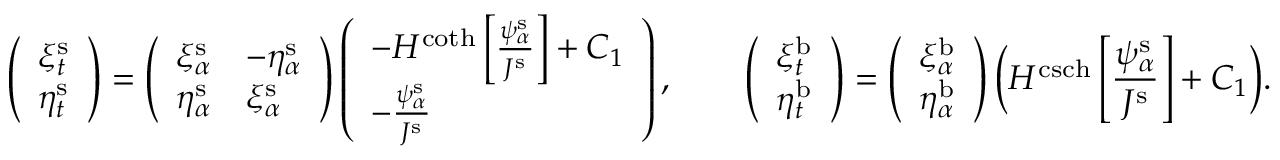
\left( \begin{array} { l } { \xi _ { t } ^ { \mathrm { s } } } \\ { \eta _ { t } ^ { \mathrm { s } } } \end{array} \right) = \left( \begin{array} { l l } { \xi _ { \alpha } ^ { \mathrm { s } } } & { - \eta _ { \alpha } ^ { \mathrm { s } } } \\ { \eta _ { \alpha } ^ { \mathrm { s } } } & { \xi _ { \alpha } ^ { \mathrm { s } } } \end{array} \right) \left( \begin{array} { l } { - H ^ { \coth } \left[ \frac { \psi _ { \alpha } ^ { \mathrm { s } } } { J ^ { \mathrm { s } } } \right] + C _ { 1 } } \\ { - \frac { \psi _ { \alpha } ^ { \mathrm { s } } } { J ^ { \mathrm { s } } } } \end{array} \right) , \qquad \left( \begin{array} { l } { \xi _ { t } ^ { \mathrm { b } } } \\ { \eta _ { t } ^ { \mathrm { b } } } \end{array} \right) = \left( \begin{array} { l } { \xi _ { \alpha } ^ { \mathrm { b } } } \\ { \eta _ { \alpha } ^ { \mathrm { b } } } \end{array} \right) \bigg ( H ^ { \operatorname { c s c h } } \left[ \frac { \psi _ { \alpha } ^ { \mathrm { s } } } { J ^ { \mathrm { s } } } \right] + C _ { 1 } \bigg ) .